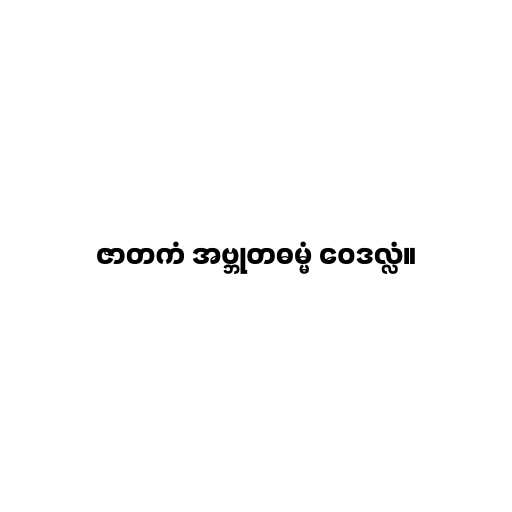
ဇာတကံ အဗ္ဘုတဓမ္မံ ဝေဒလ္လံ။